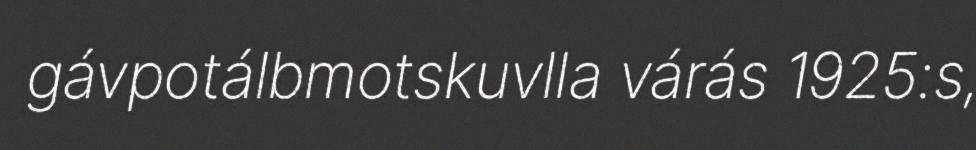
gávpotálbmotskuvlla várás 1925:s,